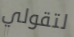
لتقولي